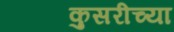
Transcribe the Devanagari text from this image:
कुसरीच्या